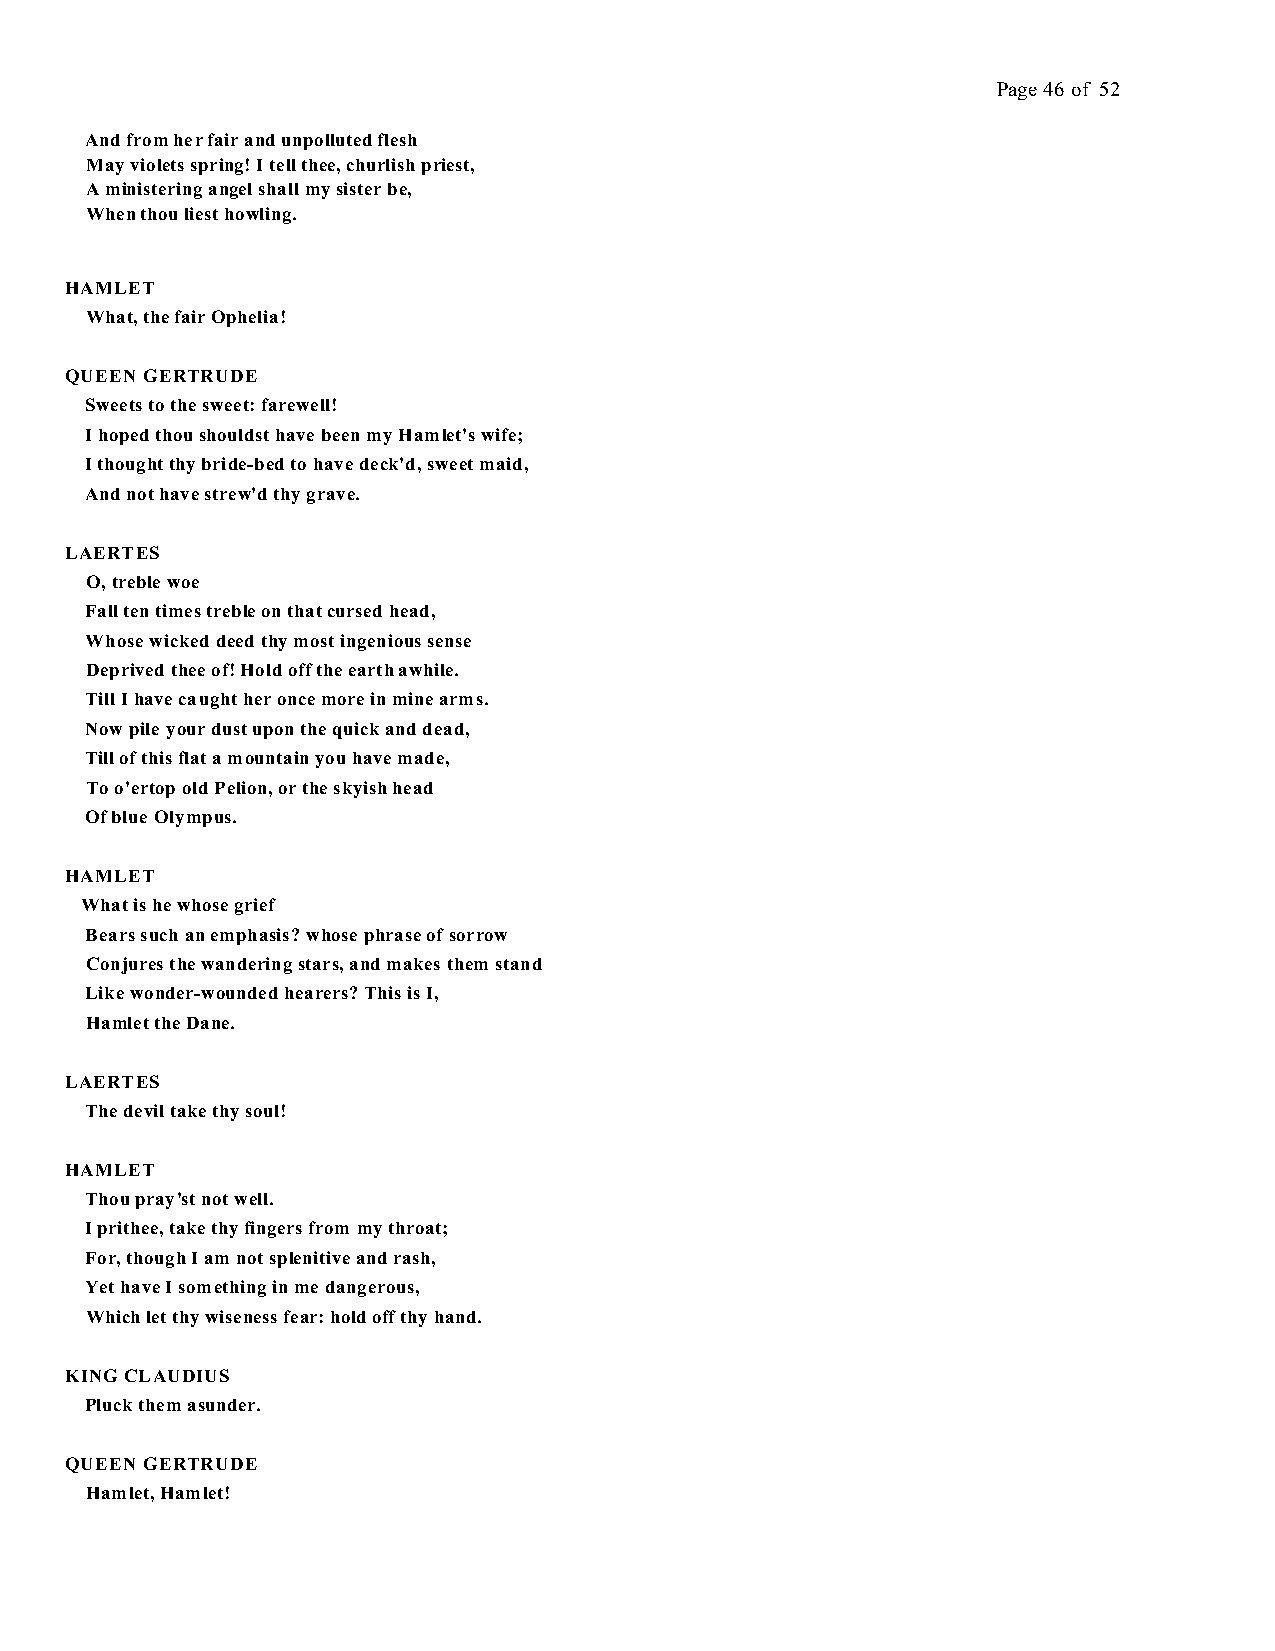
Page 46 of 52
 And from her fair and unpolluted flesh
 May violets spring! I tell thee, churlish priest,
 A ministering angel shall my sister be,
 When thou liest howling.
 HAMLET
 What, the fair Ophelia!
 QUEEN GERTRUDE
 Sweets to the sweet: farewell!
 I hoped thou shouldst have been my Hamlet's wife;
 I thought thy bride-bed to have deck'd, sweet maid,
 And not have strew'd thy grave.
 LAERTES
 O, treble woe
 Fall ten times treble on that cursed head,
 Whose wicked deed thy most ingenious sense
 Deprived thee of! Hold off the earth awhile.
 Till I have caught her once more in mine arms.
 Now pile your dust upon the quick and dead,
 Till of this flat a mountain you have made,
 To o'ertop old Pelion, or the skyish head
 Of blue Olympus.
 HAMLET
 What is he whose grief
 Bears such an emphasis? whose phrase of sorrow
 Conjures the wandering stars, and makes them stand
 Like wonder-wounded hearers? This is I,
 Hamlet the Dane.
 LAERTES
 The devil take thy soul!
 HAMLET
 Thou pray'st not well.
 I prithee, take thy fingers from my throat;
 For, though I am not splenitive and rash,
 Yet have I something in me dangerous,
 Which let thy wiseness fear: hold off thy hand.
 KING CLAUDIUS
 Pluck them asunder.
 QUEEN GERTRUDE
 Hamlet, Hamlet!